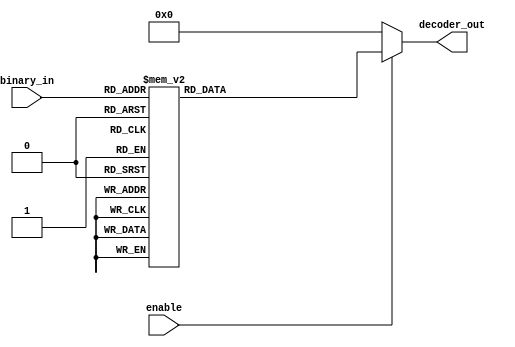
`timescale 1ns / 1ps
//////////////////////////////////////////////////////////////////////////////////
// Company: 
// Engineer: 
// 
// Design Name: 
// Module Name: b6_dec_case
// Project Name: 
// Target Devices: 
// Tool Versions: 
// Description: 
// 
// Dependencies: 
// 
// Revision:
// Revision 0.01 - File Created
// Additional Comments:
// 
//////////////////////////////////////////////////////////////////////////////////


module b6_dec_case(
    input [3:0] binary_in,
    output reg [15:0] decoder_out,
    input enable
    );
    
    always @ (*)
    begin
        decoder_out = 0;
        if (enable)
        begin
            case (binary_in)
                4'h0 : decoder_out = 16'h1;
                4'h1 : decoder_out = 16'h2;
                4'h2 : decoder_out = 16'h4;
                4'h3 : decoder_out = 16'h8;
                4'h4 : decoder_out = 16'h10;
                4'h5 : decoder_out = 16'h20;
                4'h6 : decoder_out = 16'h40;
                4'h7 : decoder_out = 16'h80;
                4'h8 : decoder_out = 16'h100;
                4'h9 : decoder_out = 16'h200;
                4'hA : decoder_out = 16'h400;
                4'hB : decoder_out = 16'h800;
                4'hC : decoder_out = 16'h1000;
                4'hD : decoder_out = 16'h2000;
                4'hE : decoder_out = 16'h4000;
                4'hF : decoder_out = 16'h8000;
            endcase          
        end
    end
endmodule